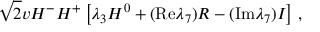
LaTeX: \sqrt { 2 } v H ^ { - } H ^ { + } \left[ \lambda _ { 3 } H ^ { 0 } + ( \mathrm { R e } \lambda _ { 7 } ) R - ( \mathrm { I m } \lambda _ { 7 } ) I \right] \, ,